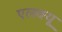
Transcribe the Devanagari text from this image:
एलक्यू